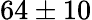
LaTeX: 64\pm 10